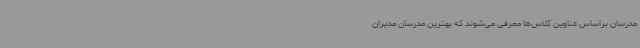
مدرسان براساس عناوین کلاس‌ها معرفی می‌شوند که بهترین مدرسان مدیران